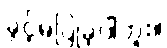
ခွင့်မပြုခဲ့ပါဘူး။